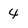
Character: 4